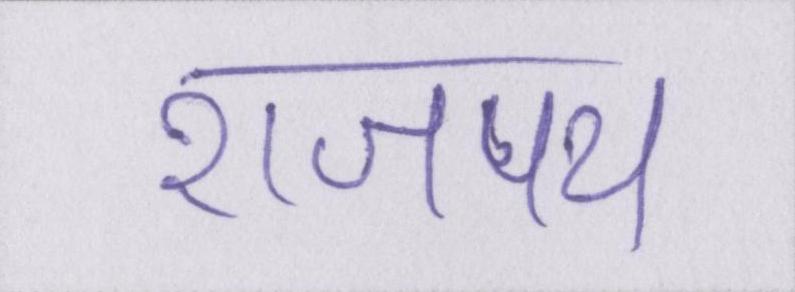
राजपथ